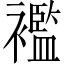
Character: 襤